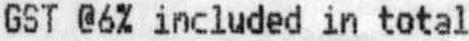
GST @6% INCLUDED IN TOTAL